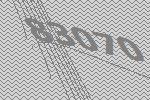
83070